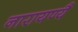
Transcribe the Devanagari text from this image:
नारायण्यै